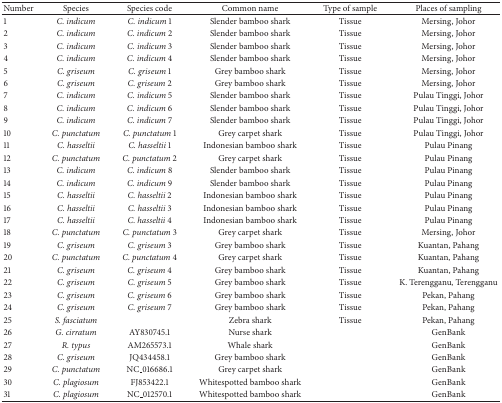
<table><thead><tr><td><b>Number</b></td><td><b>Species</b></td><td><b>Species code</b></td><td><b>Common name</b></td><td><b>Type of sample</b></td><td><b>Places of sampling</b></td></tr></thead><tbody><tr><td>1</td><td><i>C. indicum </i></td><td><i>C. indicum</i> 1</td><td>Slender bamboo shark</td><td>Tissue</td><td>Mersing, Johor</td></tr><tr><td>2</td><td><i>C. indicum </i></td><td><i>C. indicum</i> 2</td><td>Slender bamboo shark</td><td>Tissue</td><td>Mersing, Johor</td></tr><tr><td>3</td><td><i>C. indicum </i></td><td><i>C. indicum</i> 3</td><td>Slender bamboo shark</td><td>Tissue</td><td>Mersing, Johor</td></tr><tr><td>4</td><td><i>C. indicum </i></td><td><i>C. indicum</i> 4</td><td>Slender bamboo shark</td><td>Tissue</td><td>Mersing, Johor</td></tr><tr><td>5</td><td><i>C. griseum </i></td><td><i>C. griseum</i> 1</td><td>Grey bamboo shark</td><td>Tissue</td><td>Mersing, Johor</td></tr><tr><td>6</td><td><i>C. griseum </i></td><td><i>C. griseum</i> 2</td><td>Grey bamboo shark</td><td>Tissue</td><td>Mersing, Johor</td></tr><tr><td>7</td><td><i>C. indicum </i></td><td><i>C. indicum</i> 5</td><td>Slender bamboo shark</td><td>Tissue</td><td>Pulau Tinggi, Johor</td></tr><tr><td>8</td><td><i>C. indicum </i></td><td><i>C. indicum</i> 6</td><td>Slender bamboo shark</td><td>Tissue</td><td>Pulau Tinggi, Johor</td></tr><tr><td>9</td><td><i>C. indicum </i></td><td><i>C. indicum</i> 7</td><td>Slender bamboo shark</td><td>Tissue</td><td>Pulau Tinggi, Johor</td></tr><tr><td>10</td><td><i>C. punctatum </i></td><td><i>C. punctatum</i> 1</td><td>Grey carpet shark</td><td>Tissue</td><td>Pulau Tinggi, Johor</td></tr><tr><td>11</td><td><i>C. hasseltii </i></td><td><i>C. hasseltii</i> 1</td><td>Indonesian bamboo shark</td><td>Tissue</td><td>Pulau Pinang</td></tr><tr><td>12</td><td><i>C. punctatum </i></td><td><i>C. punctatum</i> 2</td><td>Grey carpet shark</td><td>Tissue</td><td>Pulau Pinang</td></tr><tr><td>13</td><td><i>C. indicum </i></td><td><i>C. indicum</i> 8</td><td>Slender bamboo shark</td><td>Tissue</td><td>Pulau Pinang</td></tr><tr><td>14</td><td><i>C. indicum </i></td><td><i>C. indicum</i> 9</td><td>Slender bamboo shark</td><td>Tissue</td><td>Pulau Pinang</td></tr><tr><td>15</td><td><i>C. hasseltii </i></td><td><i>C. hasseltii</i> 2</td><td>Indonesian bamboo shark</td><td>Tissue</td><td>Pulau Pinang</td></tr><tr><td>16</td><td><i>C. hasseltii </i></td><td><i>C. hasseltii</i> 3</td><td>Indonesian bamboo shark</td><td>Tissue</td><td>Pulau Pinang</td></tr><tr><td>17</td><td><i>C. hasseltii </i></td><td><i>C. hasseltii</i> 4</td><td>Indonesian bamboo shark</td><td>Tissue</td><td>Pulau Pinang</td></tr><tr><td>18</td><td><i>C. punctatum </i></td><td><i>C. punctatum</i> 3</td><td>Grey carpet shark</td><td>Tissue</td><td>Mersing, Johor</td></tr><tr><td>19</td><td><i>C. griseum </i></td><td><i>C. griseum</i> 3</td><td>Grey bamboo shark</td><td>Tissue</td><td>Kuantan, Pahang</td></tr><tr><td>20</td><td><i>C. punctatum </i></td><td><i>C. punctatum</i> 4</td><td>Grey carpet shark</td><td>Tissue</td><td>Kuantan, Pahang</td></tr><tr><td>21</td><td><i>C. griseum </i></td><td><i>C. griseum</i> 4</td><td>Grey bamboo shark</td><td>Tissue</td><td>Kuantan, Pahang</td></tr><tr><td>22</td><td><i>C. griseum </i></td><td><i>C. griseum</i> 5</td><td>Grey bamboo shark</td><td>Tissue</td><td>K. Terengganu, Terengganu</td></tr><tr><td>23</td><td><i>C. griseum </i></td><td><i>C. griseum</i> 6</td><td>Grey bamboo shark</td><td>Tissue</td><td>Pekan, Pahang</td></tr><tr><td>24</td><td><i>C. griseum </i></td><td><i>C. griseum</i> 7</td><td>Grey bamboo shark</td><td>Tissue</td><td>Pekan, Pahang</td></tr><tr><td>25</td><td><i>S. fasciatum </i></td><td> </td><td>Zebra shark</td><td>Tissue</td><td>Pekan, Pahang</td></tr><tr><td>26</td><td><i>G. cirratum </i></td><td>AY830745.1</td><td>Nurse shark</td><td> </td><td>GenBank</td></tr><tr><td>27</td><td><i>R. typus </i></td><td>AM265573.1</td><td>Whale shark</td><td> </td><td>GenBank</td></tr><tr><td>28</td><td><i>C. griseum </i></td><td>JQ434458.1</td><td>Grey bamboo shark</td><td> </td><td>GenBank</td></tr><tr><td>29</td><td><i>C. punctatum </i></td><td>NC_016686.1</td><td>Grey carpet shark</td><td> </td><td>GenBank</td></tr><tr><td>30</td><td><i>C. plagiosum </i></td><td>FJ853422.1</td><td>Whitespotted bamboo shark</td><td> </td><td>GenBank</td></tr><tr><td>31</td><td><i>C. plagiosum </i></td><td>NC_012570.1</td><td>Whitespotted bamboo shark</td><td> </td><td>GenBank</td></tr></tbody></table>